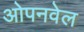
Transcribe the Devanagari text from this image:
ओपनवेल